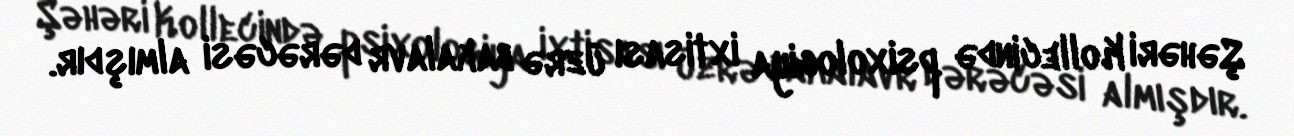
Şəhəri Kollecində psixologiya ixtisası üzrə bakalavr dərəcəsi almışdır.